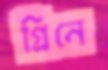
গ্রিনে